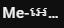
Me- អេ ...